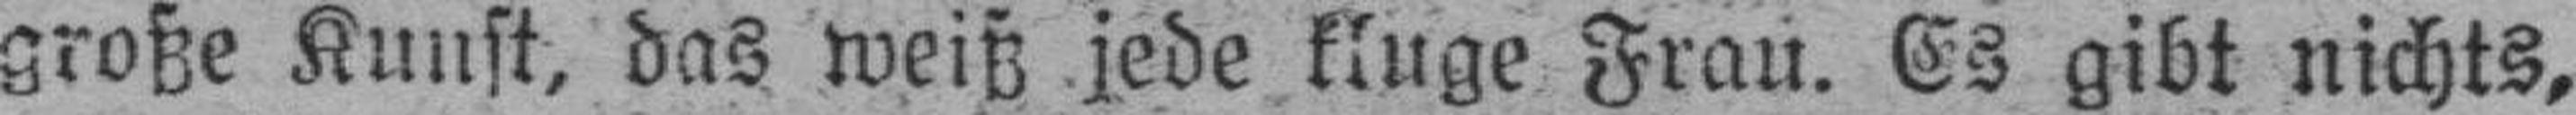
große Kunst, das weiß jede kluge Frau. Es gibt nichts,